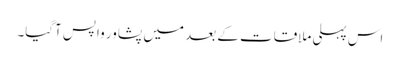
اس پہلی ملاقات کے بعد میں پشاور واپس آگیا۔